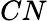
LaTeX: CN